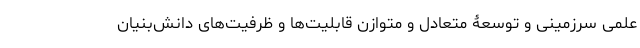
علمی سرزمینی و توسعۀ متعادل و متوازن قابلیت‌ها و ظرفیت‌های دانش­بنیان